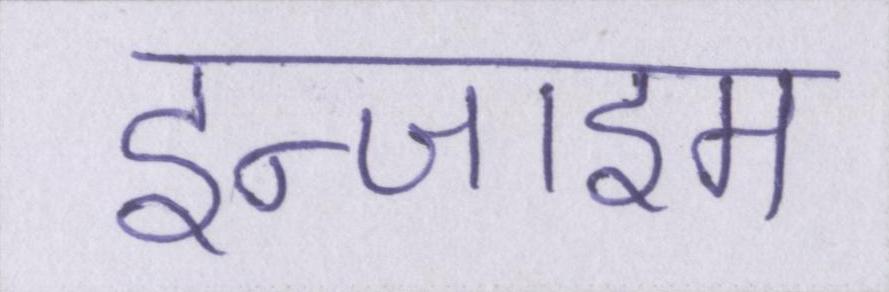
इन्जाइम